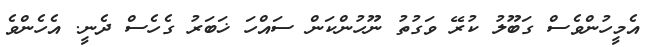
އެމީހުންވެސް ގަބޫލު ކުރޭ ވަގުތު ނޫހުންކަން ސައްހަ ޚަބަރު ގެހެސް ދެނީ. އެހެންވެ